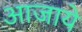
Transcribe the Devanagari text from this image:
आजाये